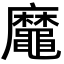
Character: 𪓹